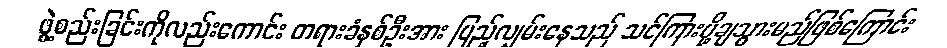
ဖွဲ့စည်းခြင်းကိုလည်းကောင်း တရားခံနှစ်ဦးအား ပြည့်လျှမ်းနေသည် သင်ကြားပို့ချသွားမည်ဖြစ်ကြောင်း